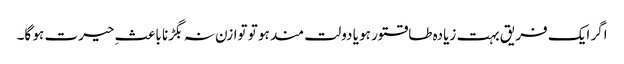
اگر ایک فریق بہت زیادہ طاقتور ہو یا دولت مند ہو تو توازن نہ بگڑنا باعثِ حیرت ہو گا۔